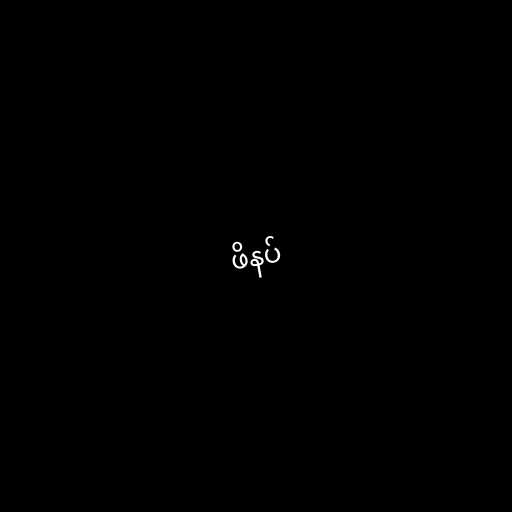
ဖိနပ်